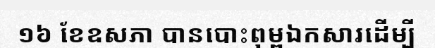
១៦ ខែឧសភា បានបោះពុម្ពឯកសារដើម្បី